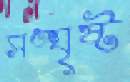
সঙ্ঘৃষ্ট